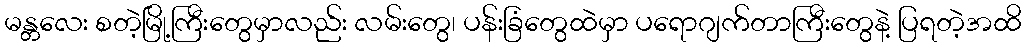
မန္တလေး စတဲ့မြို့ကြီးတွေမှာလည်း လမ်းတွေ၊ ပန်းခြံတွေထဲမှာ ပရောဂျက်တာကြီးတွေနဲ့ ပြရတဲ့အထိ